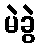
မဲခွဲ